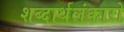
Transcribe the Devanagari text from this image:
शब्दार्थलंकारों